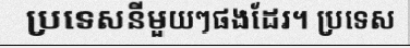
ប្រទេសនីមួយៗផងដែរ។ ប្រទេស